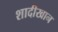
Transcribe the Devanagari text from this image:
शादीखान